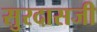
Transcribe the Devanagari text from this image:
सुरदासजी